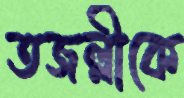
তজল্লীকে